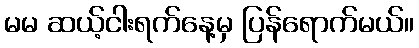
မမ ဆယ့်ငါးရက်နေ့မှ ပြန်ရောက်မယ်။